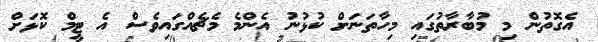
އެގޮތުން މި މުބާރާތުގައި މިހާތަނަށް ކުޅުނު އެންމެ މެޗެއްގައިވެސް އެ ޓީމް ކޮޅަށް